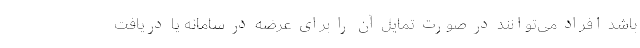
باشد افراد می‌توانند در صورت تمایل آن را برای عرضه در سامانه یا دریافت